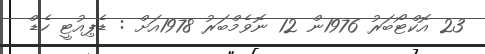
23 އޮކްޓޯބަރު 1976ން 12 ނޮވެމްބަރު 1978އަށް : ޑެޕިއުޓީ ހެޑް